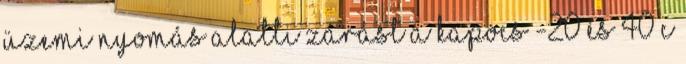
üzemi nyomás alatti zárást a kapocs -20 és 40°C